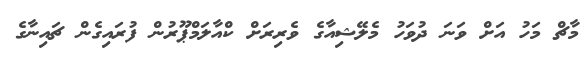
މާޗް މަހު އަށް ވަނަ ދުވަހު މެލޭޝިއާގެ ވެރިރަށް ކްއާލަމްޕޫރުން ފުރައިގެން ޗައިނާގެ